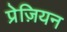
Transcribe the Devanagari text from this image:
प्रेज़ियन